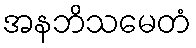
အနဘိသမေတံ